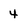
Character: 4